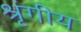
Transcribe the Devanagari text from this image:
श्रृंगीय